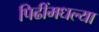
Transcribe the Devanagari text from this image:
पिढींमधल्या